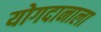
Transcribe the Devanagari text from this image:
योगदानाला